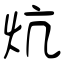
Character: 炕